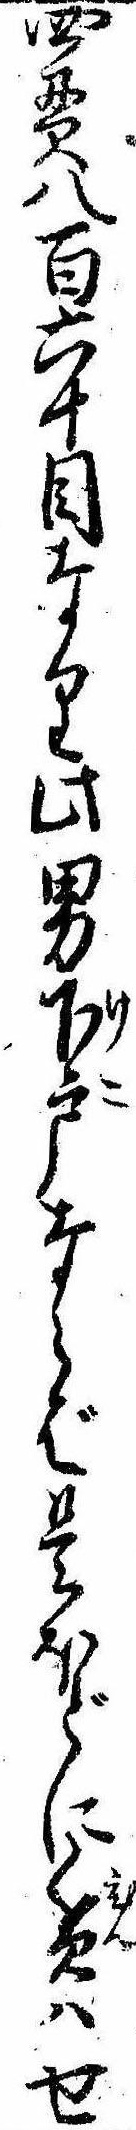
四貫八百六十目なり此男下戸ならば是ほどに貧はせ